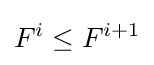
F^{i}\leq F^{i+1}